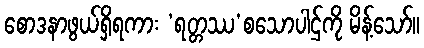
စောဒနာဖွယ်ရှိရကား ‘ရတ္တဿ’စသောပါဌ်ကို မိန့်သော်။